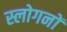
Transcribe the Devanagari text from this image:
स्लोगनों